Medical and sanitary report of the native army of Bengal for the year
Year: 1875
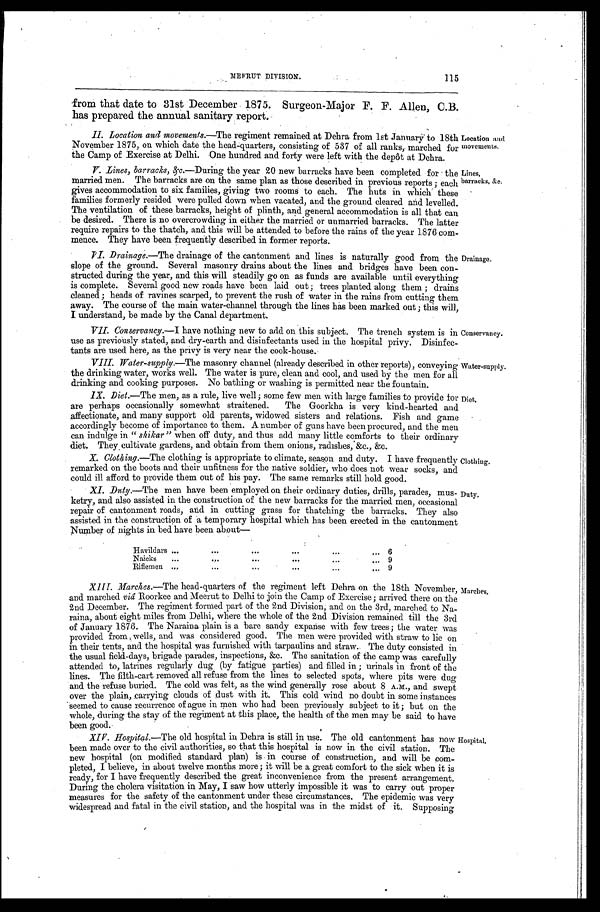
MEERUT DIVISION.
115
from that date to 31st December 1875. Surgeon-Major F. F. Allen, C.B.
has prepared the annual sanitary report.
II. Location and movements.—The regiment remained at Dehra from 1st January to 18th
November 1875, on which date the head-quarters, consisting of 537 of all ranks, marched for
the Camp of Exercise at Delhi. One hundred and forty were left with the depôt at Dehra.
Location and
movements.
V. Lines, barracks, &c.—During the year 20 new barracks have been completed for the
married men. The barracks are on the same plan as those described in previous reports; each
gives accommodation to six families, giving two rooms to each. The huts in which these
families formerly resided were pulled down when vacated, and the ground cleared and levelled.
The ventilation of these barracks, height of plinth, and general accommodation is all that can
be desired. There is no overcrowding in either the married or unmarried barracks. The latter
require repairs to the thatch, and this will be attended to before the rains of the year 1876 com
-mence. They have been frequently described in former reports.
Lines,
barracks, &c.
VI. Drainage.—The drainage of the cantonment and lines is naturally good from the
slope of the ground. Several masonry drains about the lines and bridges have been con
-structed during the year, and this will steadily go on as funds are available until everything
is complete. Several good new roads have been laid out; trees planted along them; drains
cleaned; heads of ravines scarped, to prevent the rush of water in the rains from cutting them
away. The course of the main water-channel through the lines has been marked out; this will,
I understand, be made by the Canal department.
VII. Conservancy.—I have nothing new to add on this subject. The trench system is in
use as previously stated, and dry-earth and disinfectants used in the hospital privy. Disinfec
- t a n t s a r e u s e d h e r e , a s t h e p r i v y i s v e r y n e a r t h e c o o k - h o u s e .
VIII. Water-supply.—The masonry channel (already described in other reports), conveying
the drinking water, works well. The water is pure, clean and cool, and used by the men for all
drinking and cooking purposes. No bathing or washing is permitted near the fountain.
Drainage.
Conservancy.
Water-supply.
IX. Diet .—The men, as a rule, live well; some few men with large families to provide for
are perhaps occasionally somewhat straitened. The Goorkha is very kind-hearted and
affectionate, and many support old parents, widowed sisters and relations. Fish and game
accordingly become of importance to them. A number of guns have been procured, and the men
can indulge in " shikar" when off duty, and thus add many little comforts to their ordinary
diet. They cultivate gardens, and obtain from them onions, radishes, &c., &c.
X. Clothing.—The clothing is appropriate to climate, season and duty. I have frequently
remarked on the boots and their unfitness for the native soldier, who does not wear socks, and
could ill afford to provide them out of his pay. The same remarks still hold good.
Diet.
Clothing.
XI. Duty .—The men have been employed on their ordinary duties, drills, parades, mus
-ketry, and also assisted in the construction of the new barracks for the married men, occasional
repair of cantonment roads, and in cutting grass for thatching the barracks. They also
assisted in the construction of a temporary hospital which has been erected in the cantonment
Number of nights in bed have been about—
H a v i l d a r s . . .
6
Naicks . . .
9
R i f l e m e n . . .
9
Duty.
XIII. Marches.—The head-quarters of the regiment left Dehra on the 18th November,
and marched viâ Roorkee and Meerut to Delhi to join the Camp of Exercise; arrived there on the
2nd December. The regiment formed part of the 2nd Division, and on the 3rd, marched to Na
-raina, about eight miles from Delhi, where the whole of the 2nd Division remained till the 3rd
of January 1876. The Naraina plain is a bare sandy expanse with few trees; the Water was
provided from wells, and was considered good. The men were provided with straw to lie on
in their tents, and the hospital was furnished with tarpaulins and straw. The duty consisted in
the usual field-days, brigade parades, inspections, &c. The sanitation of the camp was carefully
attended to, latrines regularly dug (by fatigue parties) and filled in; urinals in front of the
lines. The filth-cart removed all refuse from the lines to selected spots, where pits were dug
and the refuse buried. The cold was felt, as the wind generally rose about 8 A.M., and swept
over the plain, carrying clouds of dust with it. This cold wind no doubt in some instances
seemed to cause recurrence of ague in men who had been previously subject to it; but on the
whole, during the stay of the regiment at this place, the health of the men may be said to have
been good.
XIV. Hospital.—The old hospital in Dehra is still in use. The old cantonment has now
been made over to the civil authorities, so that this hospital is now in the civil station. The
new hospital (on modified standard plan) is in course of construction, and will be com
-pleted, I believe, in about twelve months more; it will be a great comfort to the sick when it is
ready, for I have frequently described the great inconvenience from the present arrangement.
During the cholera visitation in May, I saw how utterly impossible it was to carry out proper
measures for the safety of the cantonment under these circumstances. The epidemic was very
widespread and fatal in the civil station, and the hospital was in the midst of it. Supposing
Marches.
Hospital.